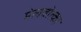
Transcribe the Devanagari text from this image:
मेलवोत्का